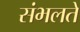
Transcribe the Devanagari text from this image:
संभलते